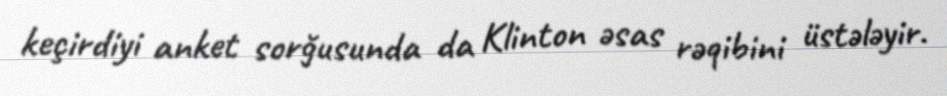
keçirdiyi anket sorğusunda da Klinton əsas rəqibini üstələyir.